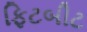
ફિટબીટ